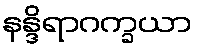
နန္ဒိရာဂက္ခယာ